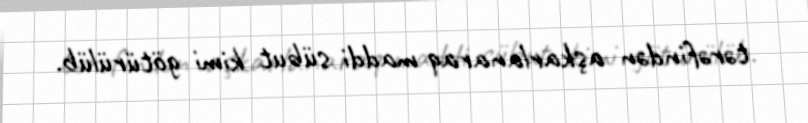
tərəfindən aşkarlanaraq maddi sübut kimi götürülüb.